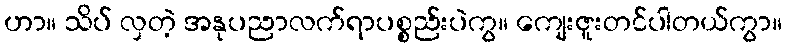
ဟာ။ သိပ် လှတဲ့ အနုပညာလက်ရာပစ္စည်းပဲကွ။ ကျေးဇူးတင်ပါတယ်ကွာ။